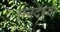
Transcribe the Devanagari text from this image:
सनदेच्या